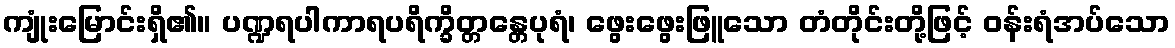
ကျုံးမြောင်းရှိ၏။ ပဏ္ဍရပါကာရပရိက္ခိတ္တန္တေပုရံ၊ ဖွေးဖွေးဖြူသော တံတိုင်းတို့ဖြင့် ဝန်းရံအပ်သော